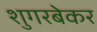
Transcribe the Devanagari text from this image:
शुगरबेकर